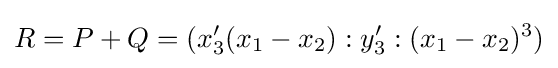
R=P+Q=(x_{3}'(x_{1}-x_{2}):y_{3}':(x_{1}-x_{2})^{3})